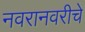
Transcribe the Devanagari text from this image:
नवरानवरीचे